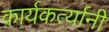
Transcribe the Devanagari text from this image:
कार्यकर्त्‍यानी